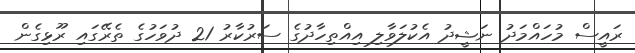
ރައީސް މުހައްމަދު ނަޝީދު އެކުލަވާލި އިއްތިހާދުގެ ސަރުކާރު 21 ދުވަހުގެ ތެރޭގައި ރޫޅިގެން